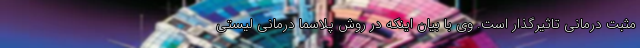
مثبت درمانی تاثیرگذار است. وی با بیان اینکه در روش پلاسما درمانی لیستی